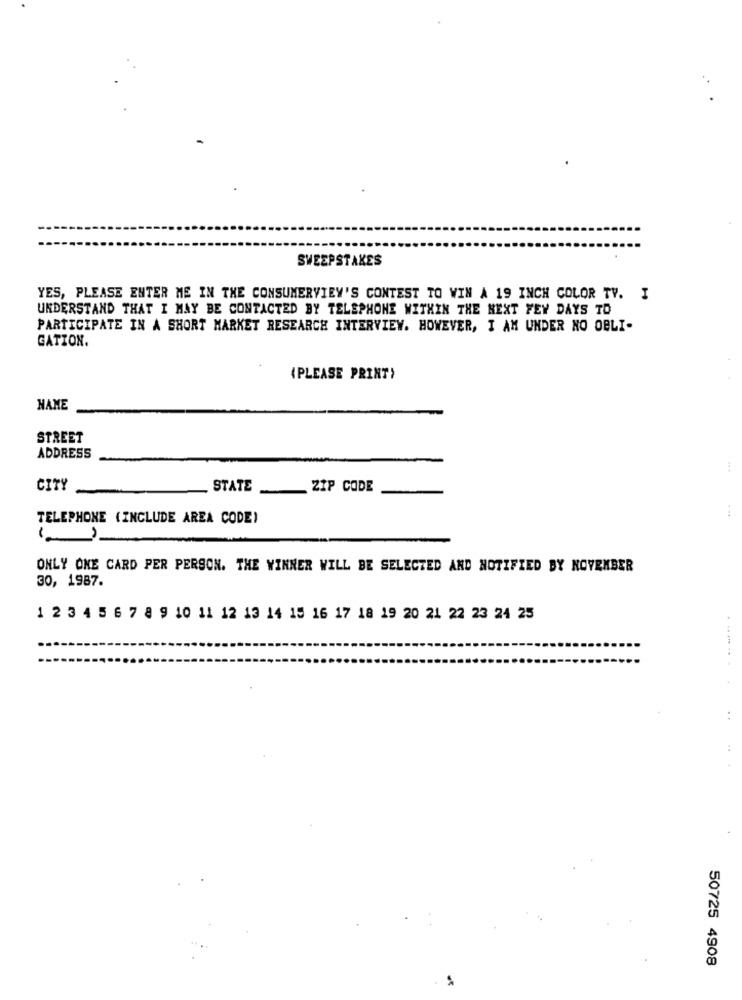
SWEEPSTAKES
YES, PLEASE ENTER ME IN THE CONSUMERVIEY'S CONTEST TO WIN A 19 INCH COLOR TY. I
UNDERSTAND THAT I MAY BE CONTACTED BY TELEPHONE WITHIN THE NEXT FEW DAYS TO
PARTICIPATE IN A SHORT MARKET RESEARCH INTERVIEW. HOWEVER, I AM UNDER NO OBLI-
GATION.
(PLEASE PRINT)
NAME
STREET
ADDRESS
CITY
STATE
ZIP CODE
. ..
TELEPHONE (INCLUDE AREA CODE)
( )
ONLY ONE CARD PER PERSON. THE WINNER WILL BE SELECTED AND NOTIFIED BY NOVEMBER
30, 1987.
1 2 3 4 5 6 7 8 9 10 11 12 13 14 15 16 17 18 19 20 21 22 23 24 25
50725 4908